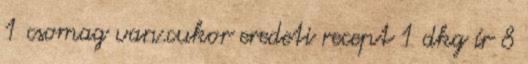
1 csomag van.cukor eredeti recept 1 dkg ír 8